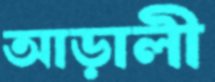
আড়ালী